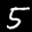
Label: 5